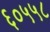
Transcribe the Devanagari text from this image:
६०५५८